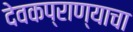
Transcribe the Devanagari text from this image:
देवकप्राण्याचा